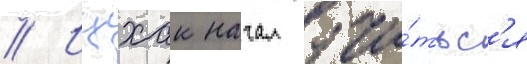
// Ицхак начал учи́тьс'я